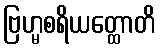
ဗြဟ္မစရိယတ္ထောတိ